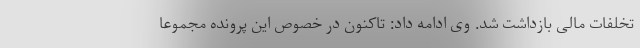
تخلفات مالی بازداشت شد. وی ادامه داد: تاکنون در خصوص این پرونده مجموعا